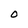
Character: 0